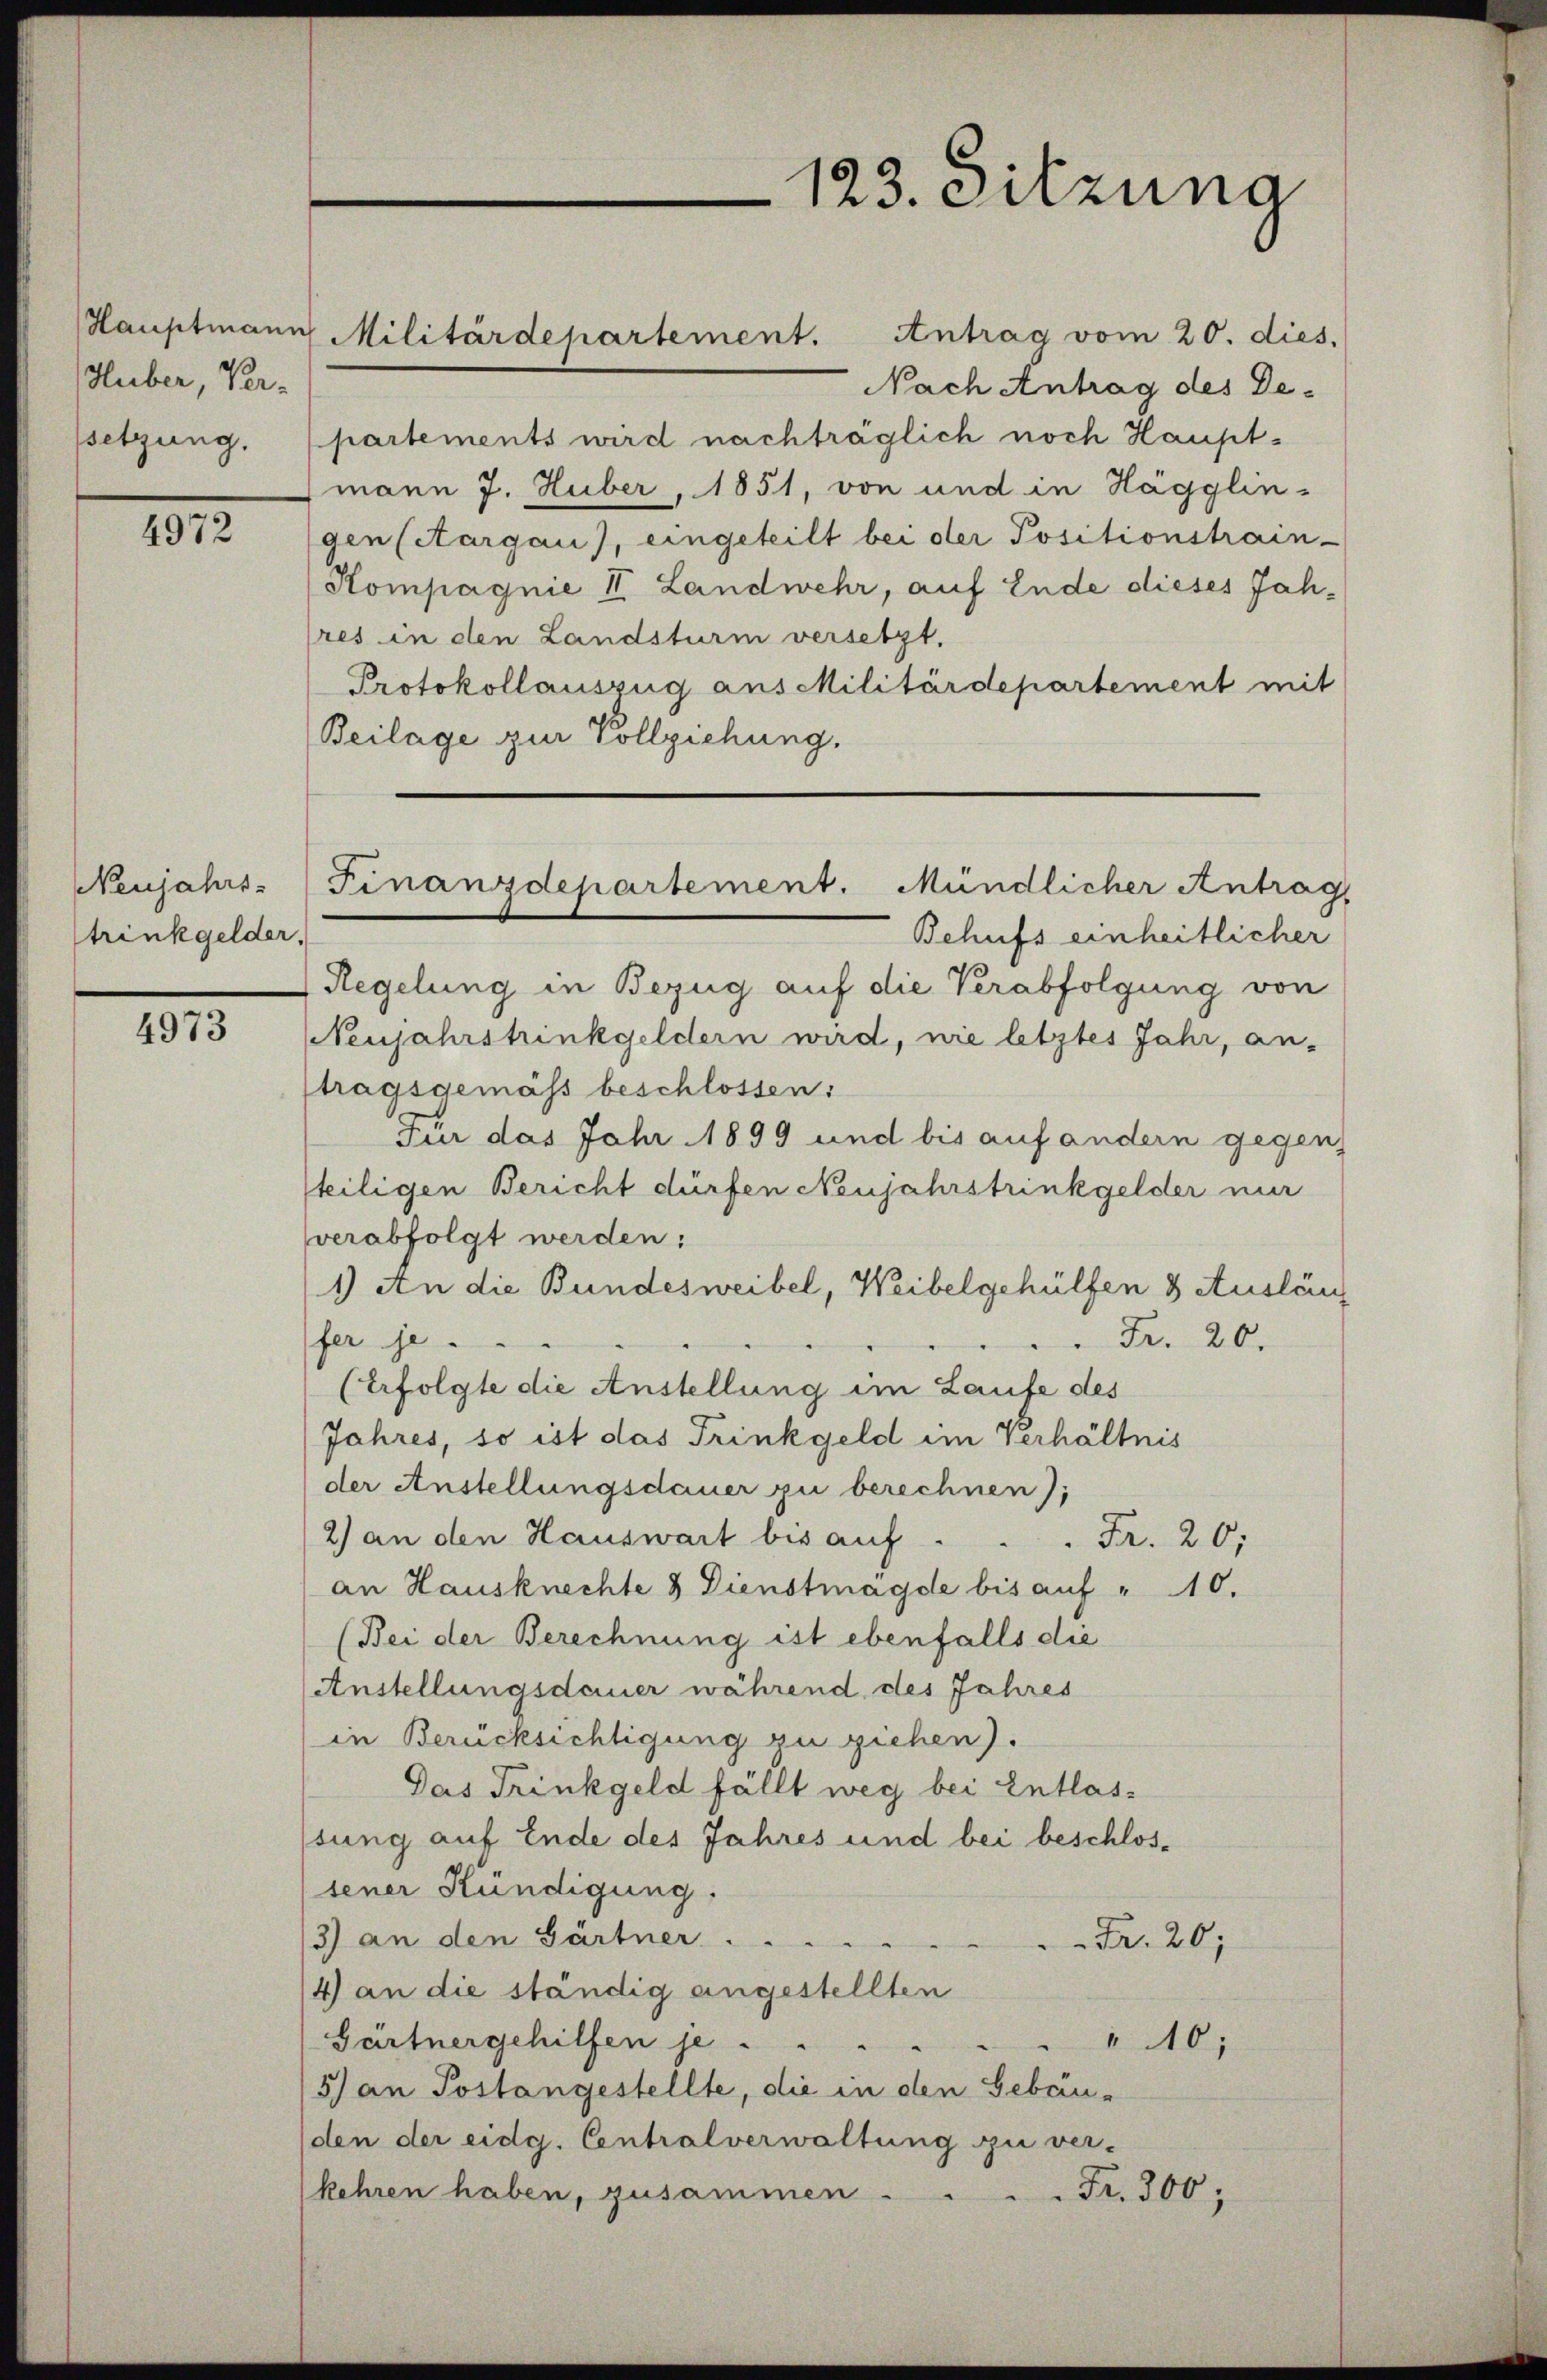
Huber, Ver-
ssetzung.

4972

Neujahrs-
trinkgelder.

4973

Nach Antrag des Departements wird nachträglich noch Hauptmann J. Huber, 1851, von und in Hägglin-
gen (Aargau), eingeteilt bei der Positionstrain-
Kompagnie II Landwehr, auf Ende dieses Jahres in den Landsturm versetzt.
Protokollauszug aus Militärdepartement mit
Beilage zur Vollziehung,
Behufs einheitlicher
Regelung in Bezug auf die Verabfolgung von
NNeujahrstrinkgeldern wird, nie letztes Jahr, an-
tragsgemäss beschlossen:
Für das Jahr 1899 und bis auf andern gegen
steiligen Bericht dürfen Neujahrstrinkgelder mir
verabfolgt werden:
1) An die Bundesweibel, Weibelgehülfen & Ausläng
Fr. 20.
fer je
(Erfolgte die Anstellung im Laufe des
(Jahres, so ist das Trinkgeld im Verhältnis
der Anstellungsdauer zu berechnen);
2) an den Hauswart bis auf  ..  ..  ..  Fr. 20.
an Hausknechte & Dienstmägde bis auf " 10.
(Bei der Berechnung ist ebenfalls die
Anstellungsdauer während des Jahres
in Berücksichtigung zu ziehen).
Das Trinkgeld fällt weg bei Entlasssung auf Ende des Jahres und bei beschlossener Kündigung.
3) an den Gärtner.
Fr. 20,
14 an die ständig angestellten
Gärtnergehilfen je . .
"40;
5) an Postangestellte, die in den Gebäuden der eidg. Centralverwaltung zu ver-
Fr. 300;
kehren haben, zusammen.

Hauptmann Militärdepartement. Antrag vom 20. dies.

123. Sitzuna

Finanzdepartement. Mündlicher Antrag